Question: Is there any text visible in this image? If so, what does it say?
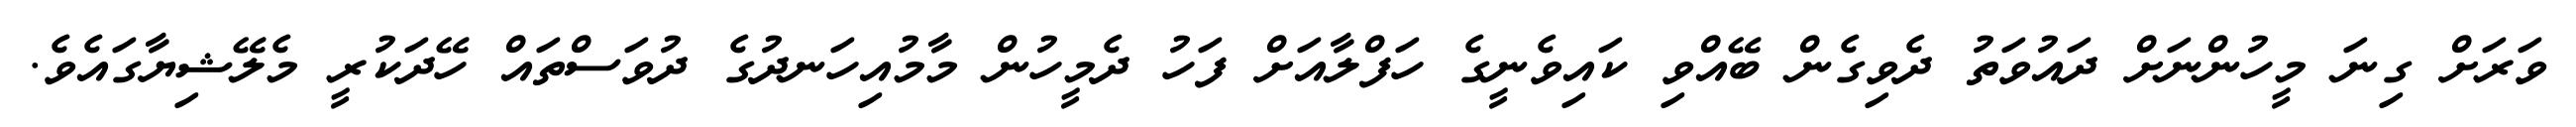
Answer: ވަރަށް ގިނަ މީހުންނަށް ދައުވަތު ދެވިގެން ބޭއްވި ކައިވެނީގެ ހަފްލާއަށް ފަހު ދެމީހުން މާމުއިހަނދުގެ ދުވަސްތައް ހޭދަކުރީ މެލޭޝިޔާގައެވެ.